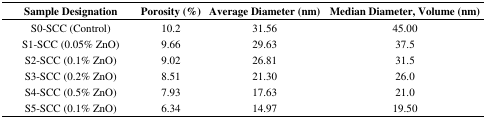
<table><thead><tr><td><b>Sample Designation</b></td><td><b>Porosity (%)</b></td><td><b>Average Diameter (nm)</b></td><td><b>Median Diameter, Volume (nm)</b></td></tr></thead><tbody><tr><td>S0-SCC (Control)</td><td>10.2</td><td>31.56</td><td>45.00</td></tr><tr><td>S1-SCC (0.05% ZnO)</td><td>9.66</td><td>29.63</td><td>37.5</td></tr><tr><td>S2-SCC (0.1% ZnO)</td><td>9.02</td><td>26.81</td><td>31.5</td></tr><tr><td>S3-SCC (0.2% ZnO)</td><td>8.51</td><td>21.30</td><td>26.0</td></tr><tr><td>S4-SCC (0.5% ZnO)</td><td>7.93</td><td>17.63</td><td>21.0</td></tr><tr><td>S5-SCC (0.1% ZnO)</td><td>6.34</td><td>14.97</td><td>19.50</td></tr></tbody></table>